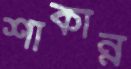
শাকান্ন